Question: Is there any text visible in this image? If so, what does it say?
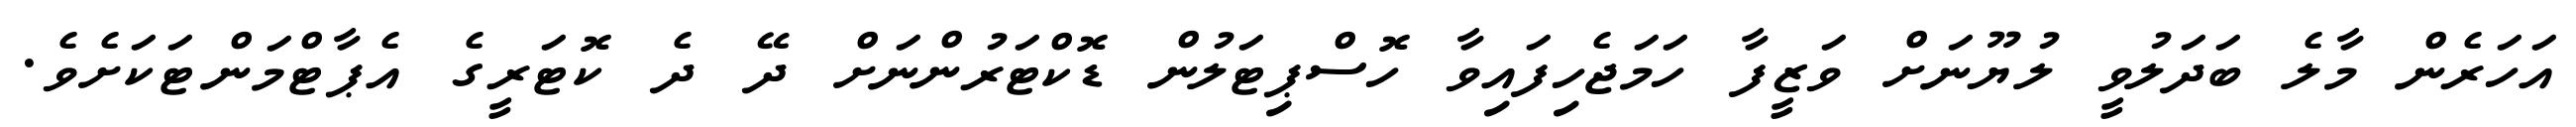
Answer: އަހަރެން މާލެ ބަދަލުވީ ލުޔޫނަށް ވަޒީފާ ހަމަޖެހިފައިވާ ހޮސްޕިޓަލުން ޑޮކްޓަރުންނަށް ދޭ ދެ ކޮޓަރީގެ އެޕާޓްމަންޓަކަށެވެ.